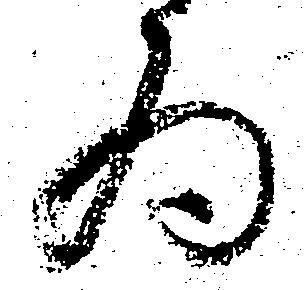
為